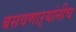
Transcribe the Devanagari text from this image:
बसवणाऱ्यांनीच